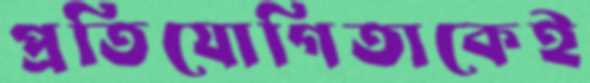
প্রতিযোগিতাকেই